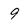
Character: 9